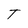
Character: T